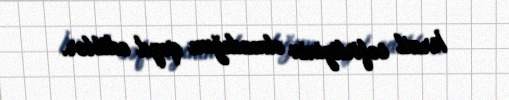
İsrail səfirliyinin olmadığını qeyd ediblər.